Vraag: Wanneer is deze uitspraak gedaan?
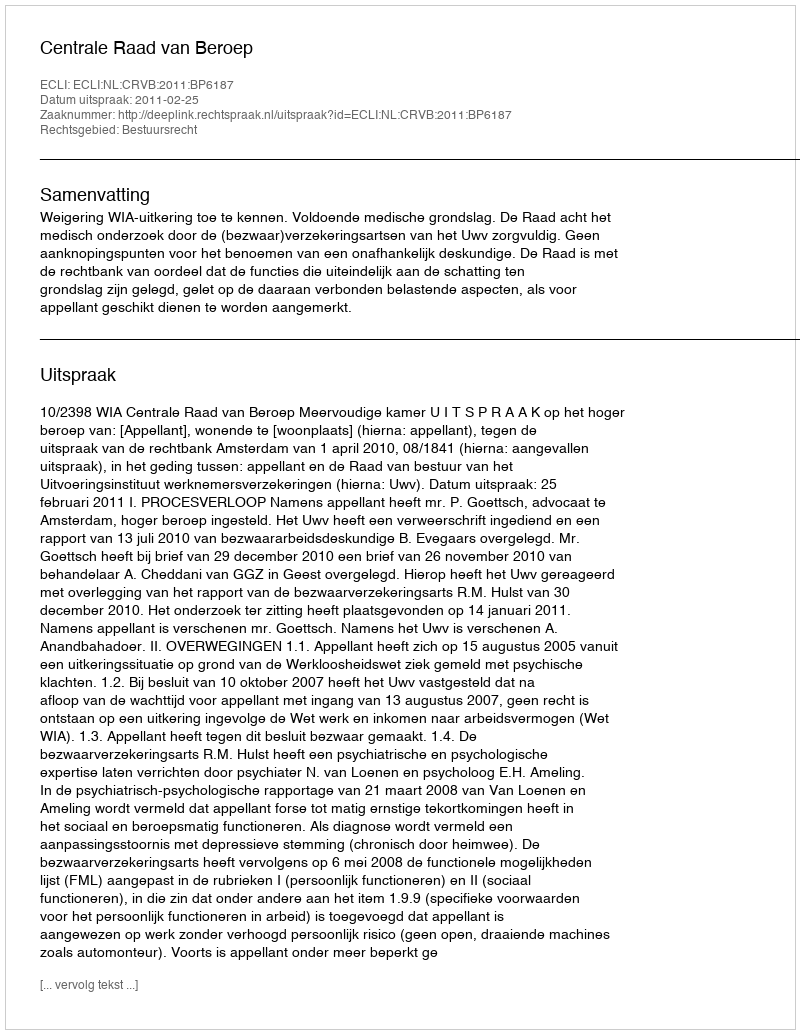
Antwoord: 2011-02-25